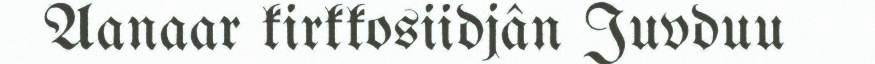
Aanaar kirkkosiidjân Juvduu